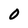
Character: 0